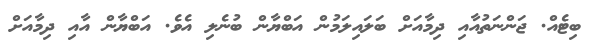
ބިޓެއް. ޖަންނަތުއާއި ދިމާއަށް ބަލައިލަމުން އަބްޔާން ބުނެލި އެވެ. އަބްޔާން އާއި ދިމާއަށް